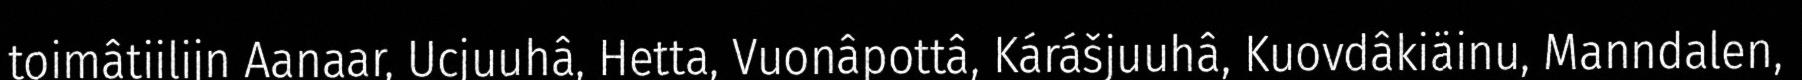
toimâtiilijn Aanaar, Ucjuuhâ, Hetta, Vuonâpottâ, Kárášjuuhâ, Kuovdâkiäinu, Manndalen,